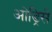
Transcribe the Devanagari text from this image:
ओड्रिसे